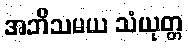
အဘိသမယ သံယုတ္တ